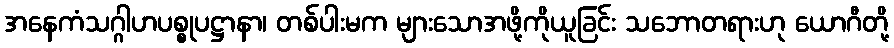
အနေကံသဂ္ဂါဟပစ္စုပဋ္ဌာနာ၊ တစ်ပါးမက များသောအဖို့ကိုယူခြင်း သဘောတရားဟု ယောဂီတို့